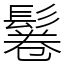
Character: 鬈